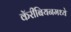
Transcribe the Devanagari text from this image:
कॅरीबियनमध्ये